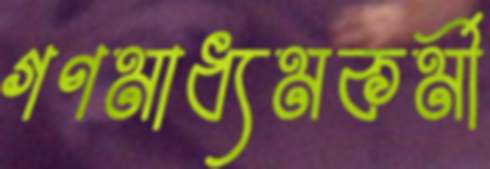
গণমাধ্যমকর্মী